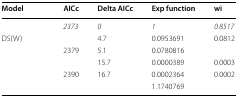
<table><thead><tr><td><b>Model</b></td><td><b>AICc</b></td><td><b>Delta AICc</b></td><td><b>Exp function</b></td><td><b>wi</b></td></tr></thead><tbody><tr><td>[EMPTY_CELL]</td><td><i>2373</i></td><td><i>0</i></td><td><i>1</i></td><td><i>0.8517</i></td></tr><tr><td>DS(W)</td><td>[EMPTY_CELL]</td><td>4.7</td><td>0.0953691</td><td>0.0812</td></tr><tr><td>[EMPTY_CELL]</td><td>2379</td><td>5.1</td><td>0.0780816</td><td>[EMPTY_CELL]</td></tr><tr><td>[EMPTY_CELL]</td><td>[EMPTY_CELL]</td><td>15.7</td><td>0.0000389</td><td>0.0003</td></tr><tr><td>[EMPTY_CELL]</td><td>2390</td><td>16.7</td><td>0.0002364</td><td>0.0002</td></tr><tr><td>[EMPTY_CELL]</td><td>[EMPTY_CELL]</td><td>[EMPTY_CELL]</td><td>1.1740769</td><td>[EMPTY_CELL]</td></tr></tbody></table>